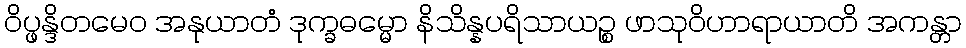
ဝိပ္ဖန္ဒိတမေဝ အနုယာတံ ဒုက္ခဓမ္မော နိသိန္နပရိသာယဉ္စ ဖာသုဝိဟာရာယာတိ အကန္တာ